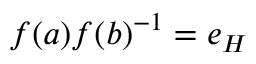
f ( a ) f ( b ) ^ { - 1 } = e _ { H }